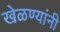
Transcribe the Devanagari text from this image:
खेळण्यांनी